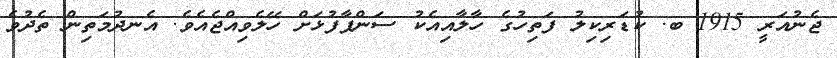
ޖެނުއަރީ 1915 ބ. ކުޑަރިކިލު ފަތިހުގެ ހާލާއިއެކު ސަންޕާފުޅަށް ހޭލެވިއްޖެއެވެ. އެނދުމަތިން ތެދުވެ